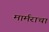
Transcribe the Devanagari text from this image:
मार्मराचा